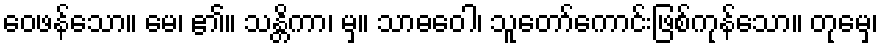
ဝေဖန်သော။ မေ၊ ၏။ သန္တိကာ၊ မှ။ သာဓဝေါ၊ သူတော်ကောင်းဖြစ်ကုန်သော။ တုမှေ၊